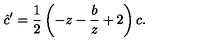
\hat { c } ^ { \prime } = \frac { 1 } { 2 } \left( - z - \frac { b } { z } + 2 \right) c .